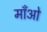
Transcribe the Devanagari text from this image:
माँओ